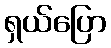
ရှယ်ပြော